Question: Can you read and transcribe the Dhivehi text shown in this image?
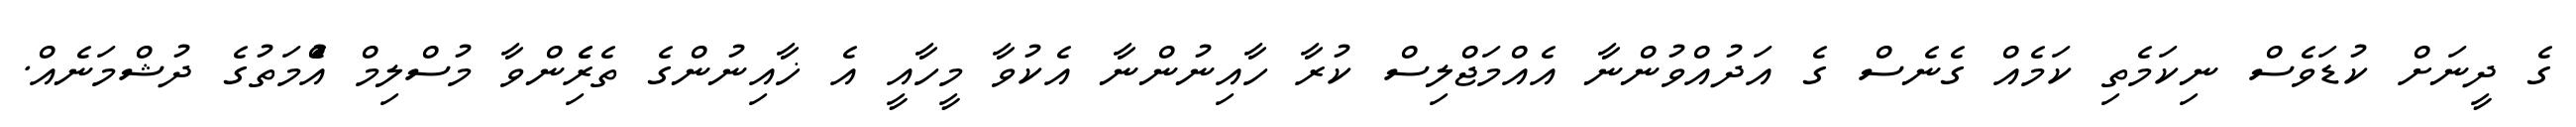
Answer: ގެ ދީނަށް ކުޑަވެސް ނިކަމެތި ކަމެއް ގެނެސް ގެ އަދުއްވުންނާ އެއްމަޖްލިސް ކުރާ ހާއިނުންނާ އެކުވާ މީހާއީ އެ ޚާއިނުންގެ ތެރެެިންވާ މުސްލިމް އުެްމަތުގެ ދުޝްމަނެއް.